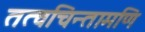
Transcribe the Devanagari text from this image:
तत्वचिन्तामणि